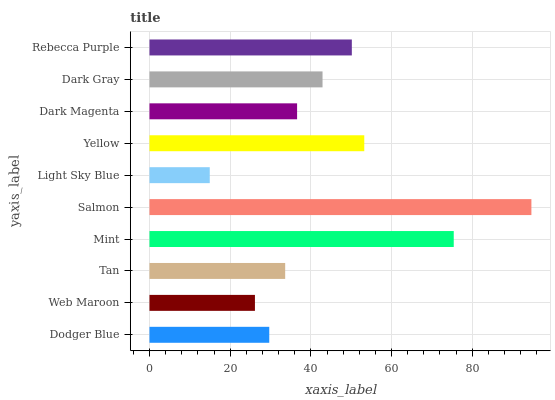
| yaxis_label | bars |
 | --- | --- |
 | Dodger Blue | 29.7 |
 | Web Maroon | 26.1 |
 | Tan | 33.6 |
 | Mint | 75.4 |
 | Salmon | 94.7 |
 | Light Sky Blue | 14.9 |
 | Yellow | 53.2 |
 | Dark Magenta | 36.6 |
 | Dark Gray | 42.9 |
 | Rebecca Purple | 50.2 |